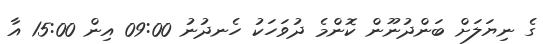
ގެ ނިޔަލަށް ބަންދުނޫން ކޮންމެ ދުވަހަކު ހެނދުނު 09:00 އިން 15:00 އާ